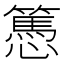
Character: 𢤷